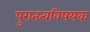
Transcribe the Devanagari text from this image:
पुरातत्वविषयक